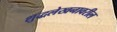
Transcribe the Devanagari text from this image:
शुद्धलेखनावरील